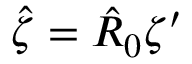
\hat { \zeta } = \hat { R } _ { 0 } \zeta ^ { \prime }